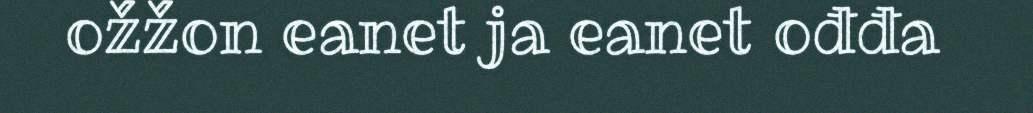
ožžon eanet ja eanet ođđa